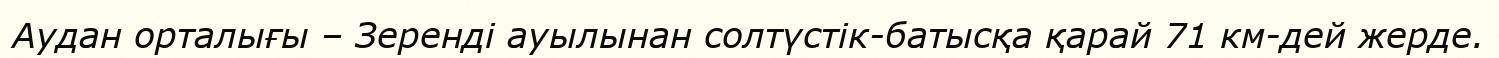
Аудан орталығы – Зеренді ауылынан солтүстік-батысқа қарай 71 км-дей жерде.